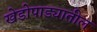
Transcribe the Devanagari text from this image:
खेडोपाड्यातील